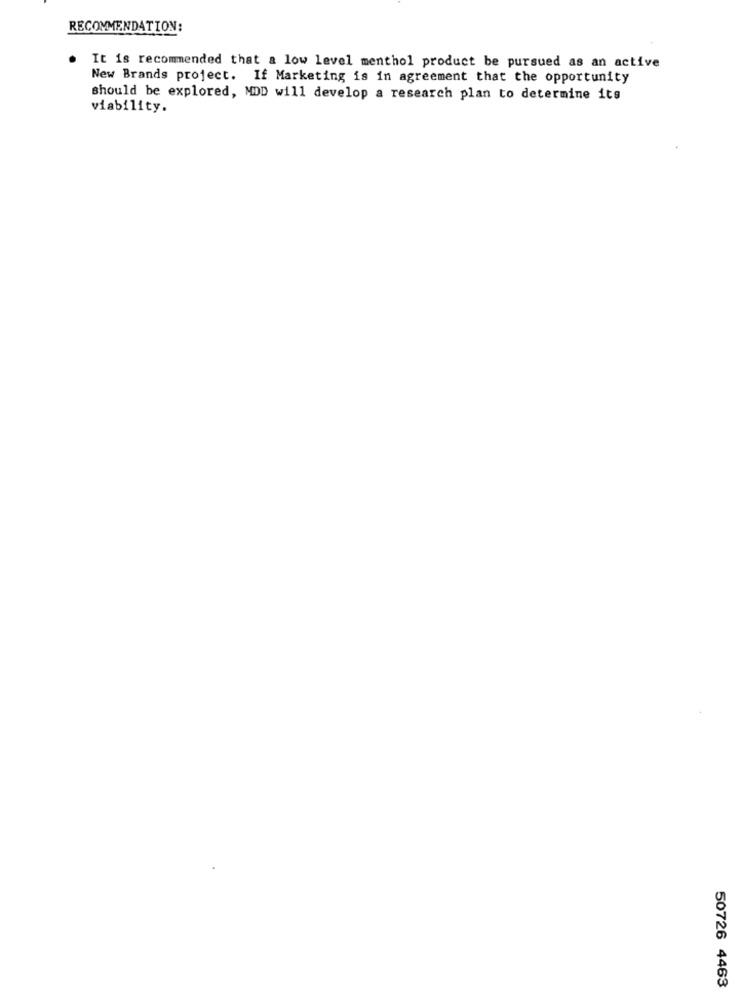
RECOMMENDATION:
It is recommended that a low level menthol product be pursued as an active
New Brands project. If Marketing is in agreement that the opportunity
should be explored, MDD will develop a research plan to determine its
viability.
50726 4463